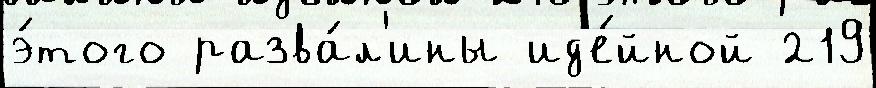
э́того разва́л'ины ид'е́йной 219